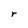
Character: r